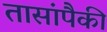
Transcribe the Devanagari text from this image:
तासांपैकी